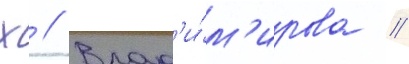
Х // Влад'и́м'ирова /